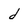
Character: d